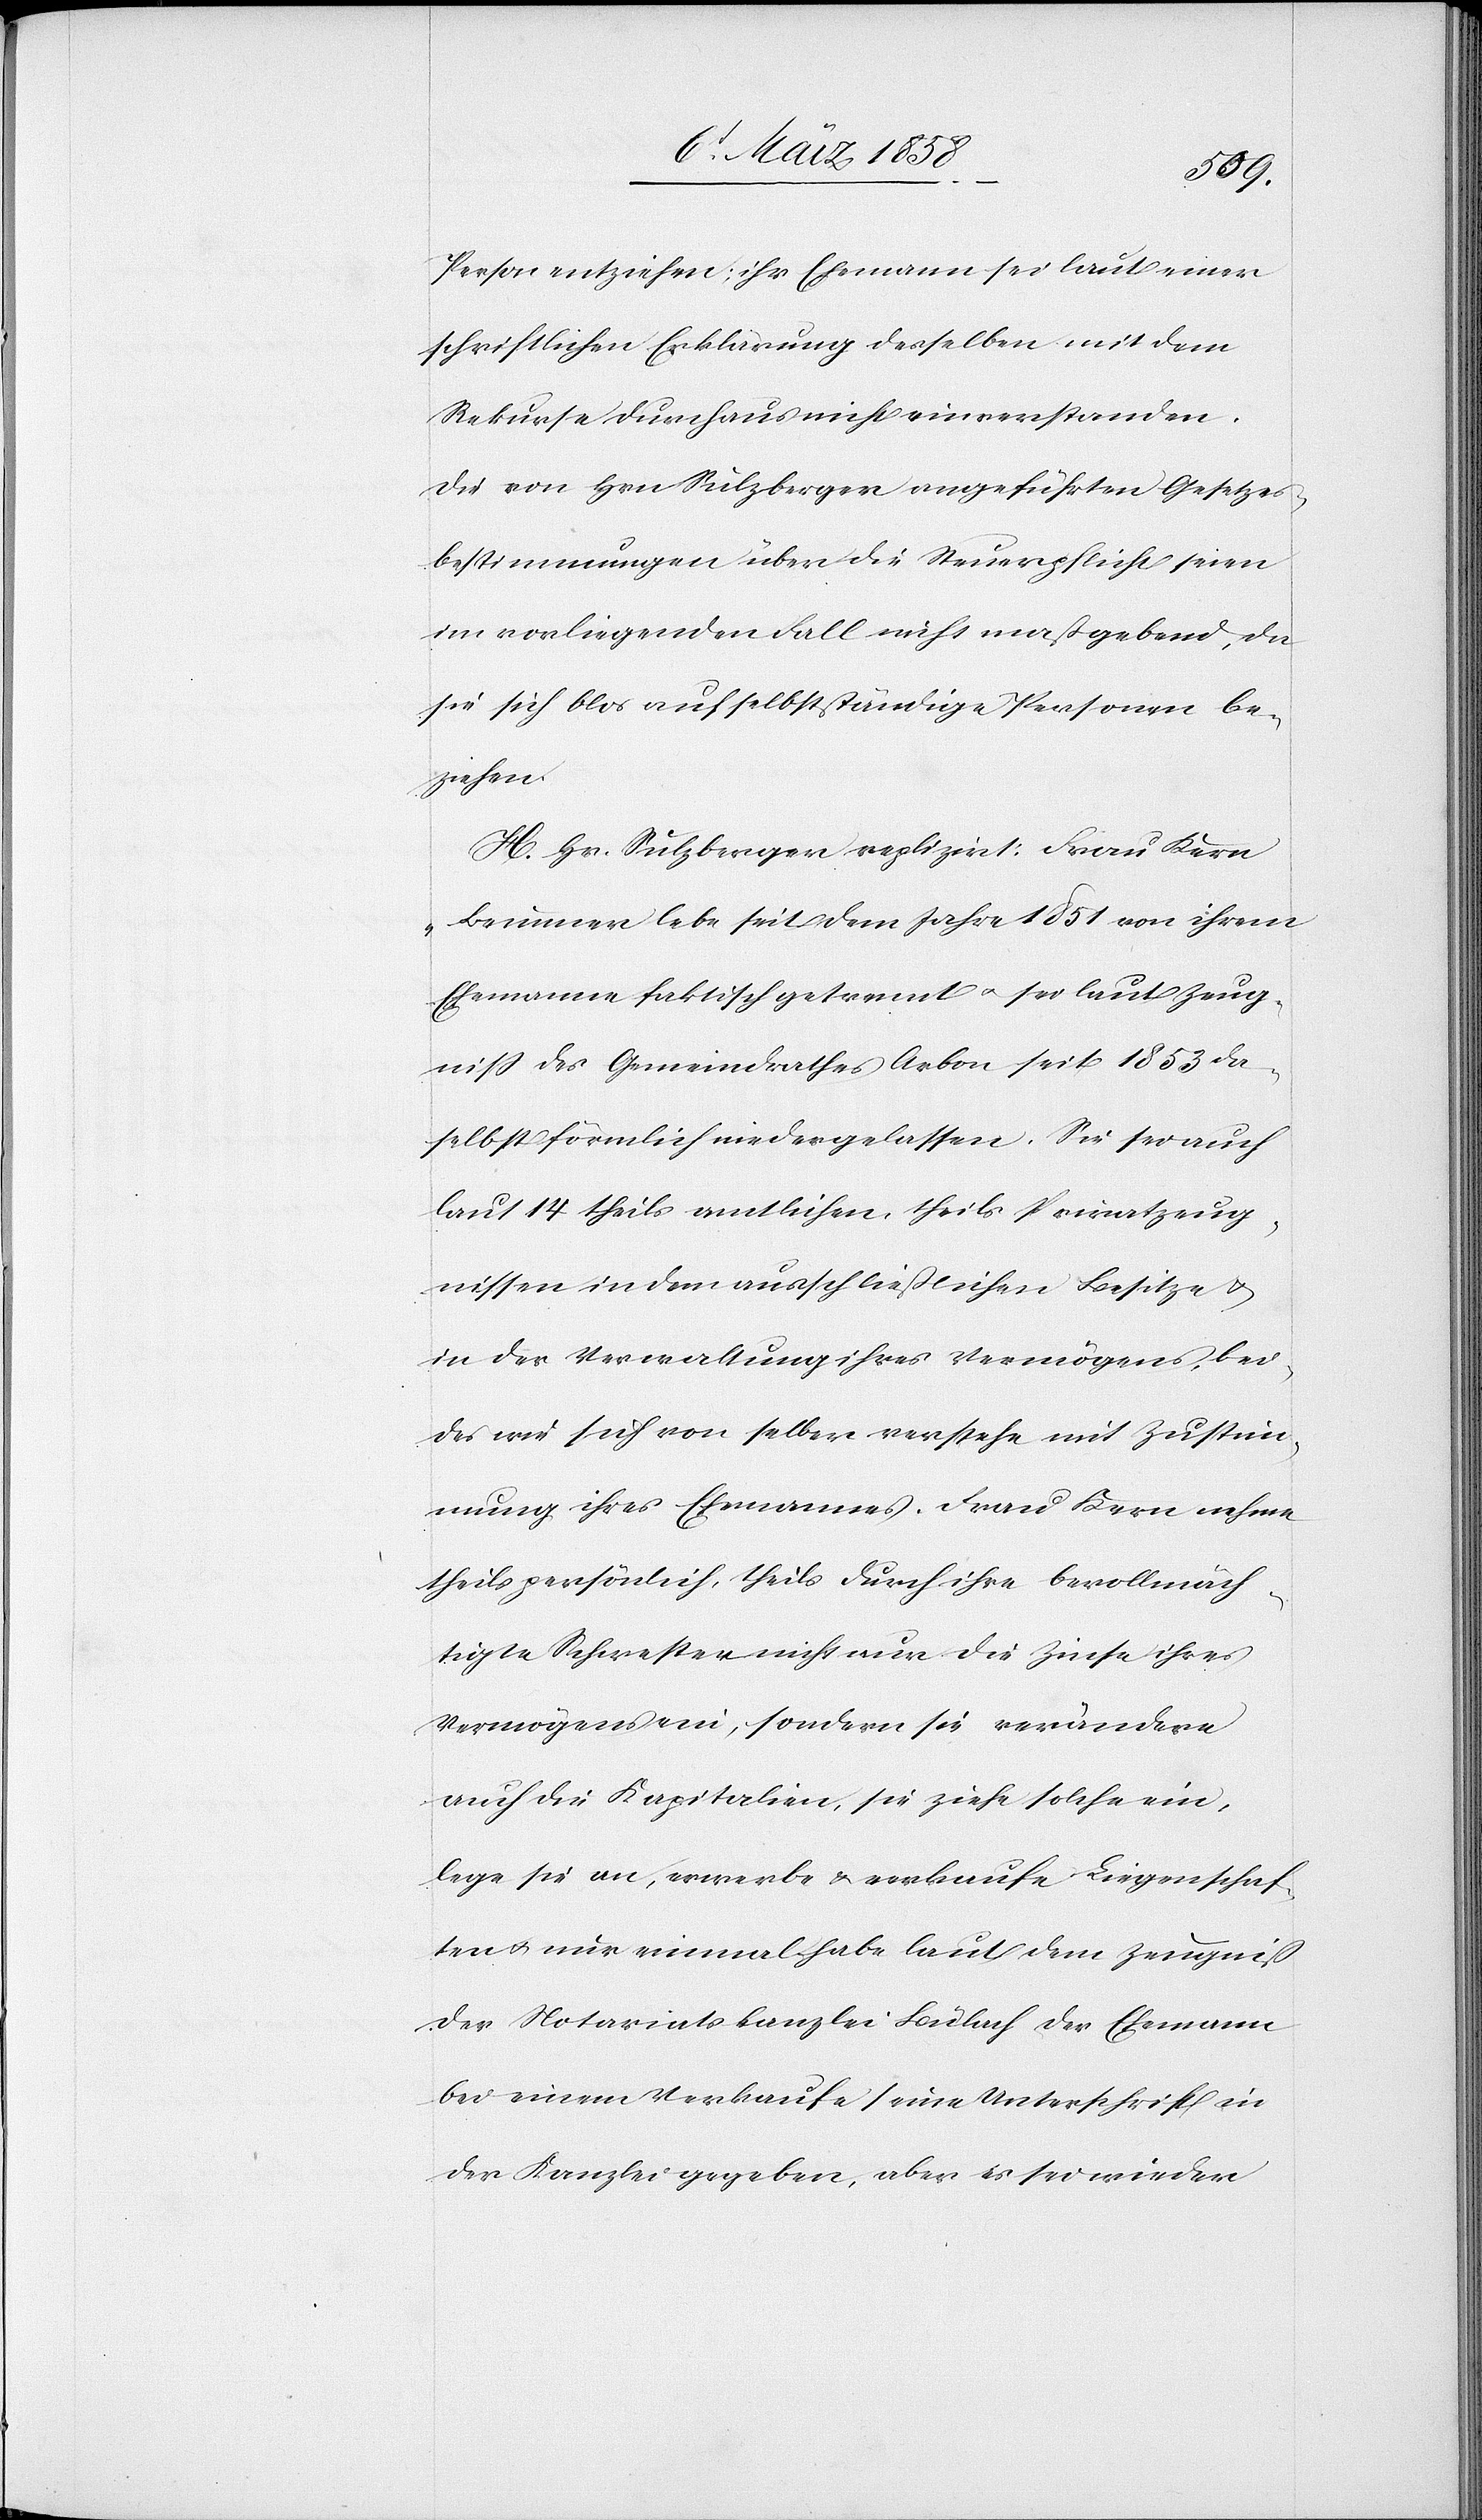
Person entziehen; ihr Ehemann sei laut einer
schriftlichen Erklärung desselben mit dem
Rekurse durchaus nicht einverstanden.
Die von Hrn. Sulzberger angeführten Gesetzes¬
bestimmungen über die Steuerpflicht seien
im vorliegenden Fall nicht maßgebend, da
sie sich blos auf selbst ständige Personen be¬
ziehen.
H. Hr. Sulzberger replizirt: Frau Kern
Brunner lebe seit dem Jahre 1851 von ihrem
Ehemanne faktisch getrennt u. sei laut Zeug¬
niß des Gemeindrathes Arbon seit 1853 da¬
selbst förmlich niedergelassen. Sie sei auch
laut 14 theils amtlichen, theils Privatzeug¬
nissen in dem ausschließlichen Besitze u.
in der Verwaltung ihres Vermögens, bei¬
des wie sich von selber verstehe mit Zustim¬
mung ihres Ehemannes. Frau Kern nehme
theils persönlich, theils durch ihre bevollmäch¬
tigte Schwester nicht nur die Zinse ihres
Vermögens ein, sondern sie verändere
auch die Kapitalien, sie ziehe solche ein,
lege sie an, erwerbe u. verkaufe Liegenschaf¬
ten u. nur einmal habe laut dem Zeugniß
der Notariatskanzlei Bülach der Ehemann
bei einem Verkaufe seine Unterschrift in
der Kanzlei gegeben, aber es sei wieder